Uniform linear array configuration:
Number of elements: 32
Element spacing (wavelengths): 1
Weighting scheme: hamming
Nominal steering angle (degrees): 0
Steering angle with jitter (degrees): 0.3754
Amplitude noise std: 0.05
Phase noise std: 0.05

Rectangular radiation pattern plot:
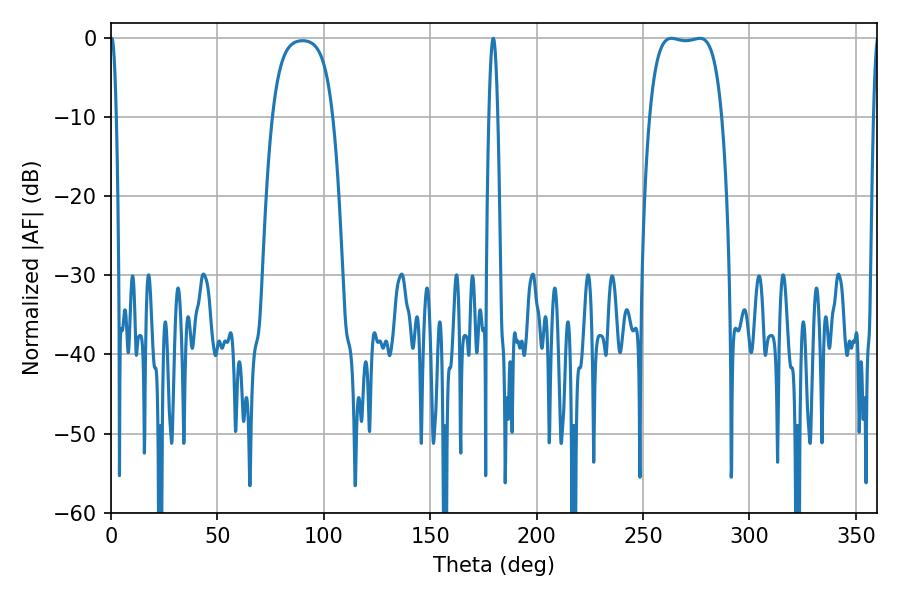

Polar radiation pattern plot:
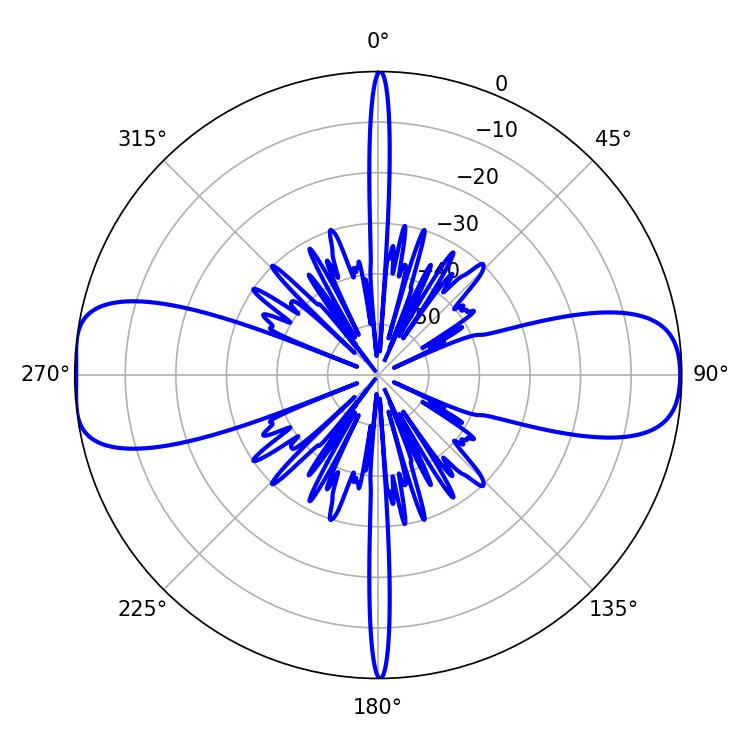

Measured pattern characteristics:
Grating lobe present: TRUE
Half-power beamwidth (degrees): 26.64
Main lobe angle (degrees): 263.34